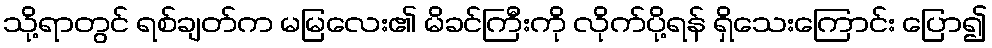
သို့ရာတွင် ရစ်ချတ်က မမြလေး၏ မိခင်ကြီးကို လိုက်ပို့ရန် ရှိသေးကြောင်း ပြော၍